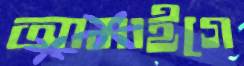
আমাইগে